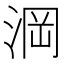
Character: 𣷣